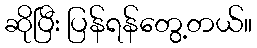
ဆိုပြီး ပြန်ရန်တွေ့တယ်။